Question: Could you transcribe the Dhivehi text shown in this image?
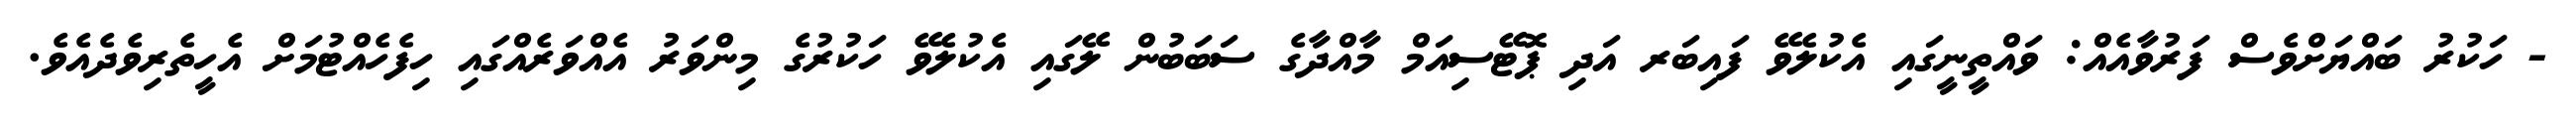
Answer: - ހަކުރު ބައްޔަށްވެސް ފަރުވާއެއް: ވައްތީނީގައި އެކުލެވޭ ފައިބަރ އަދި ޕޮޓޭސިއަމް މާއްދާގެ ސަބަބުން ލޭގައި އެކުލެވޭ ހަކުރުގެ މިންވަރު އެއްވަރެއްގައި ހިފެހެއްޓުމަށް އެހީތެރިވެދެއެވެ.